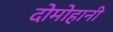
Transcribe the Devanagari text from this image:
दोमोहानी